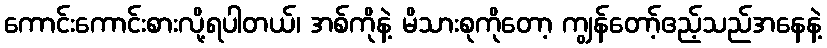
ကောင်းကောင်းစားလို့ရပါတယ်၊ အစ်ကိုနဲ့ မိသားစုကိုတော့ ကျွန်တော့်ဧည့်သည်အနေနဲ့